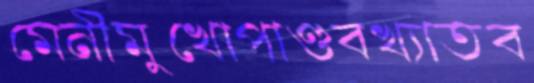
মেনীমুখোপাণ্ডবখ্যাতব